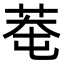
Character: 䓐